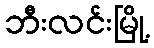
ဘီးလင်းမြို့